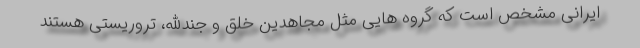
ایرانی مشخص است که گروه هایی مثل مجاهدین خلق و جندالله، تروریستی هستند